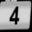
Digit: 4